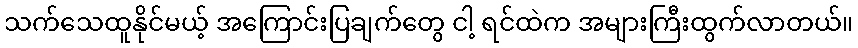
သက်သေထူနိုင်မယ့် အကြောင်းပြချက်တွေ ငါ့ ရင်ထဲက အများကြီးထွက်လာတယ်။